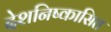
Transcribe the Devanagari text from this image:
देशनिष्कासित